Lock hospitals Punjab
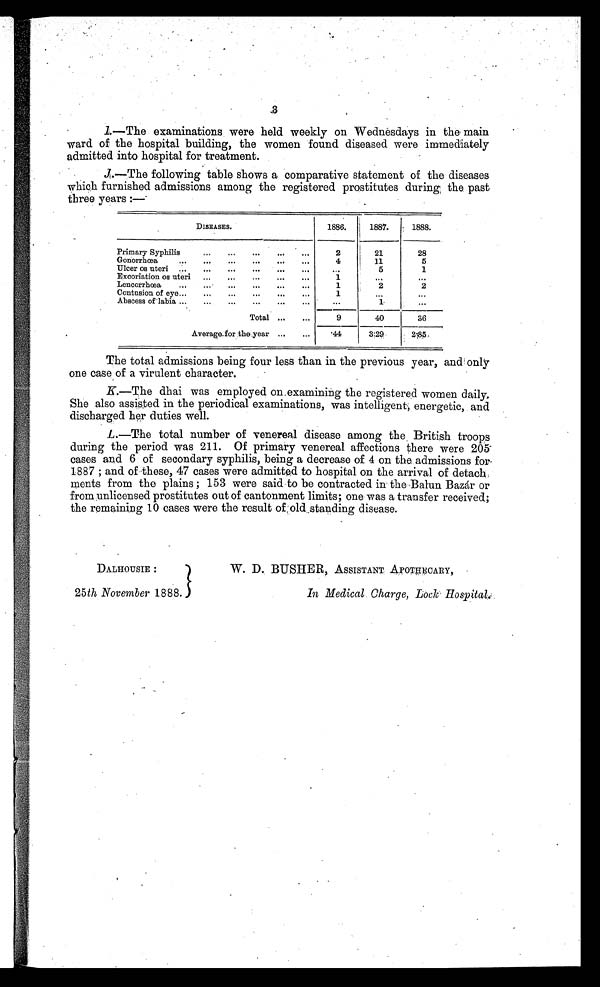
3
I.
—The examinations were held weekly on Wednesdays in the main
ward of the hospital building, the women found diseased were immediately
admitted into hospital for treatment.
J.
—The following table shows a comparative statement of the diseases
which furnished admissions among the registered prostitutes during the past
three years:—
DISEASES.
1886.
1887.
1888.
Primary Syphilis
2
21
28
Gonorrhœa
4
11
5
Ulcer os uteri
..
. . .
5
1
Excoriation os uteri
1
. . .
. . .
Lencorrhœa
1
2
2
Contusion of eye
1
. . .
...
Abscess of labia
. . .
1
. . .
Total
9
40
36
Average for the year ...
...
. 4 4
3.29
2.85
The total admissions being four less than in the previous year, and only
one case of a virulent character.
K. The dhai was employed on examining the registered women daily,
She also assisted in the periodical examinations, was intelligent, energetic, and
discharged her duties well.
L.—The total number of venereal disease among the British troops
during the period was 211. Of primary venereal affections there were 205
cases and 6 of secondary syphilis, being a decrease of 4 on the admissions fo
r 1887 ; and of these, 47 cases were admitted to hospital on the arrival of detach
meats from the plains ; 153 were said to be contracted in the Balun Bazár or
from unlicensed prostitutes out of cantonment limits; one was a transfer received;
the remaining 10 cases were the result of old standing disease.
DALHOUSIE :
W. D. BUSHER, ASSISTANT APOTHECARY,
25th November 1888.
In Medical charge, Lock Hospital.